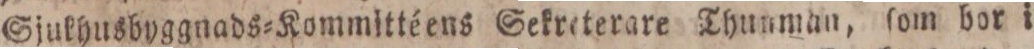
Sjukhusbyggnads=Kommittéens Sekreterare Thunman, ſom bor i